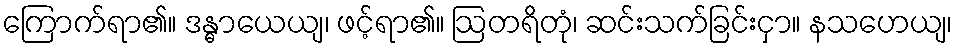
ကြောက်ရာ၏။ ဒန္ဓာယေယျ၊ ဖင့်ရာ၏။ ဩတရိတုံ၊ ဆင်းသက်ခြင်းငှာ။ နသဟေယျ၊